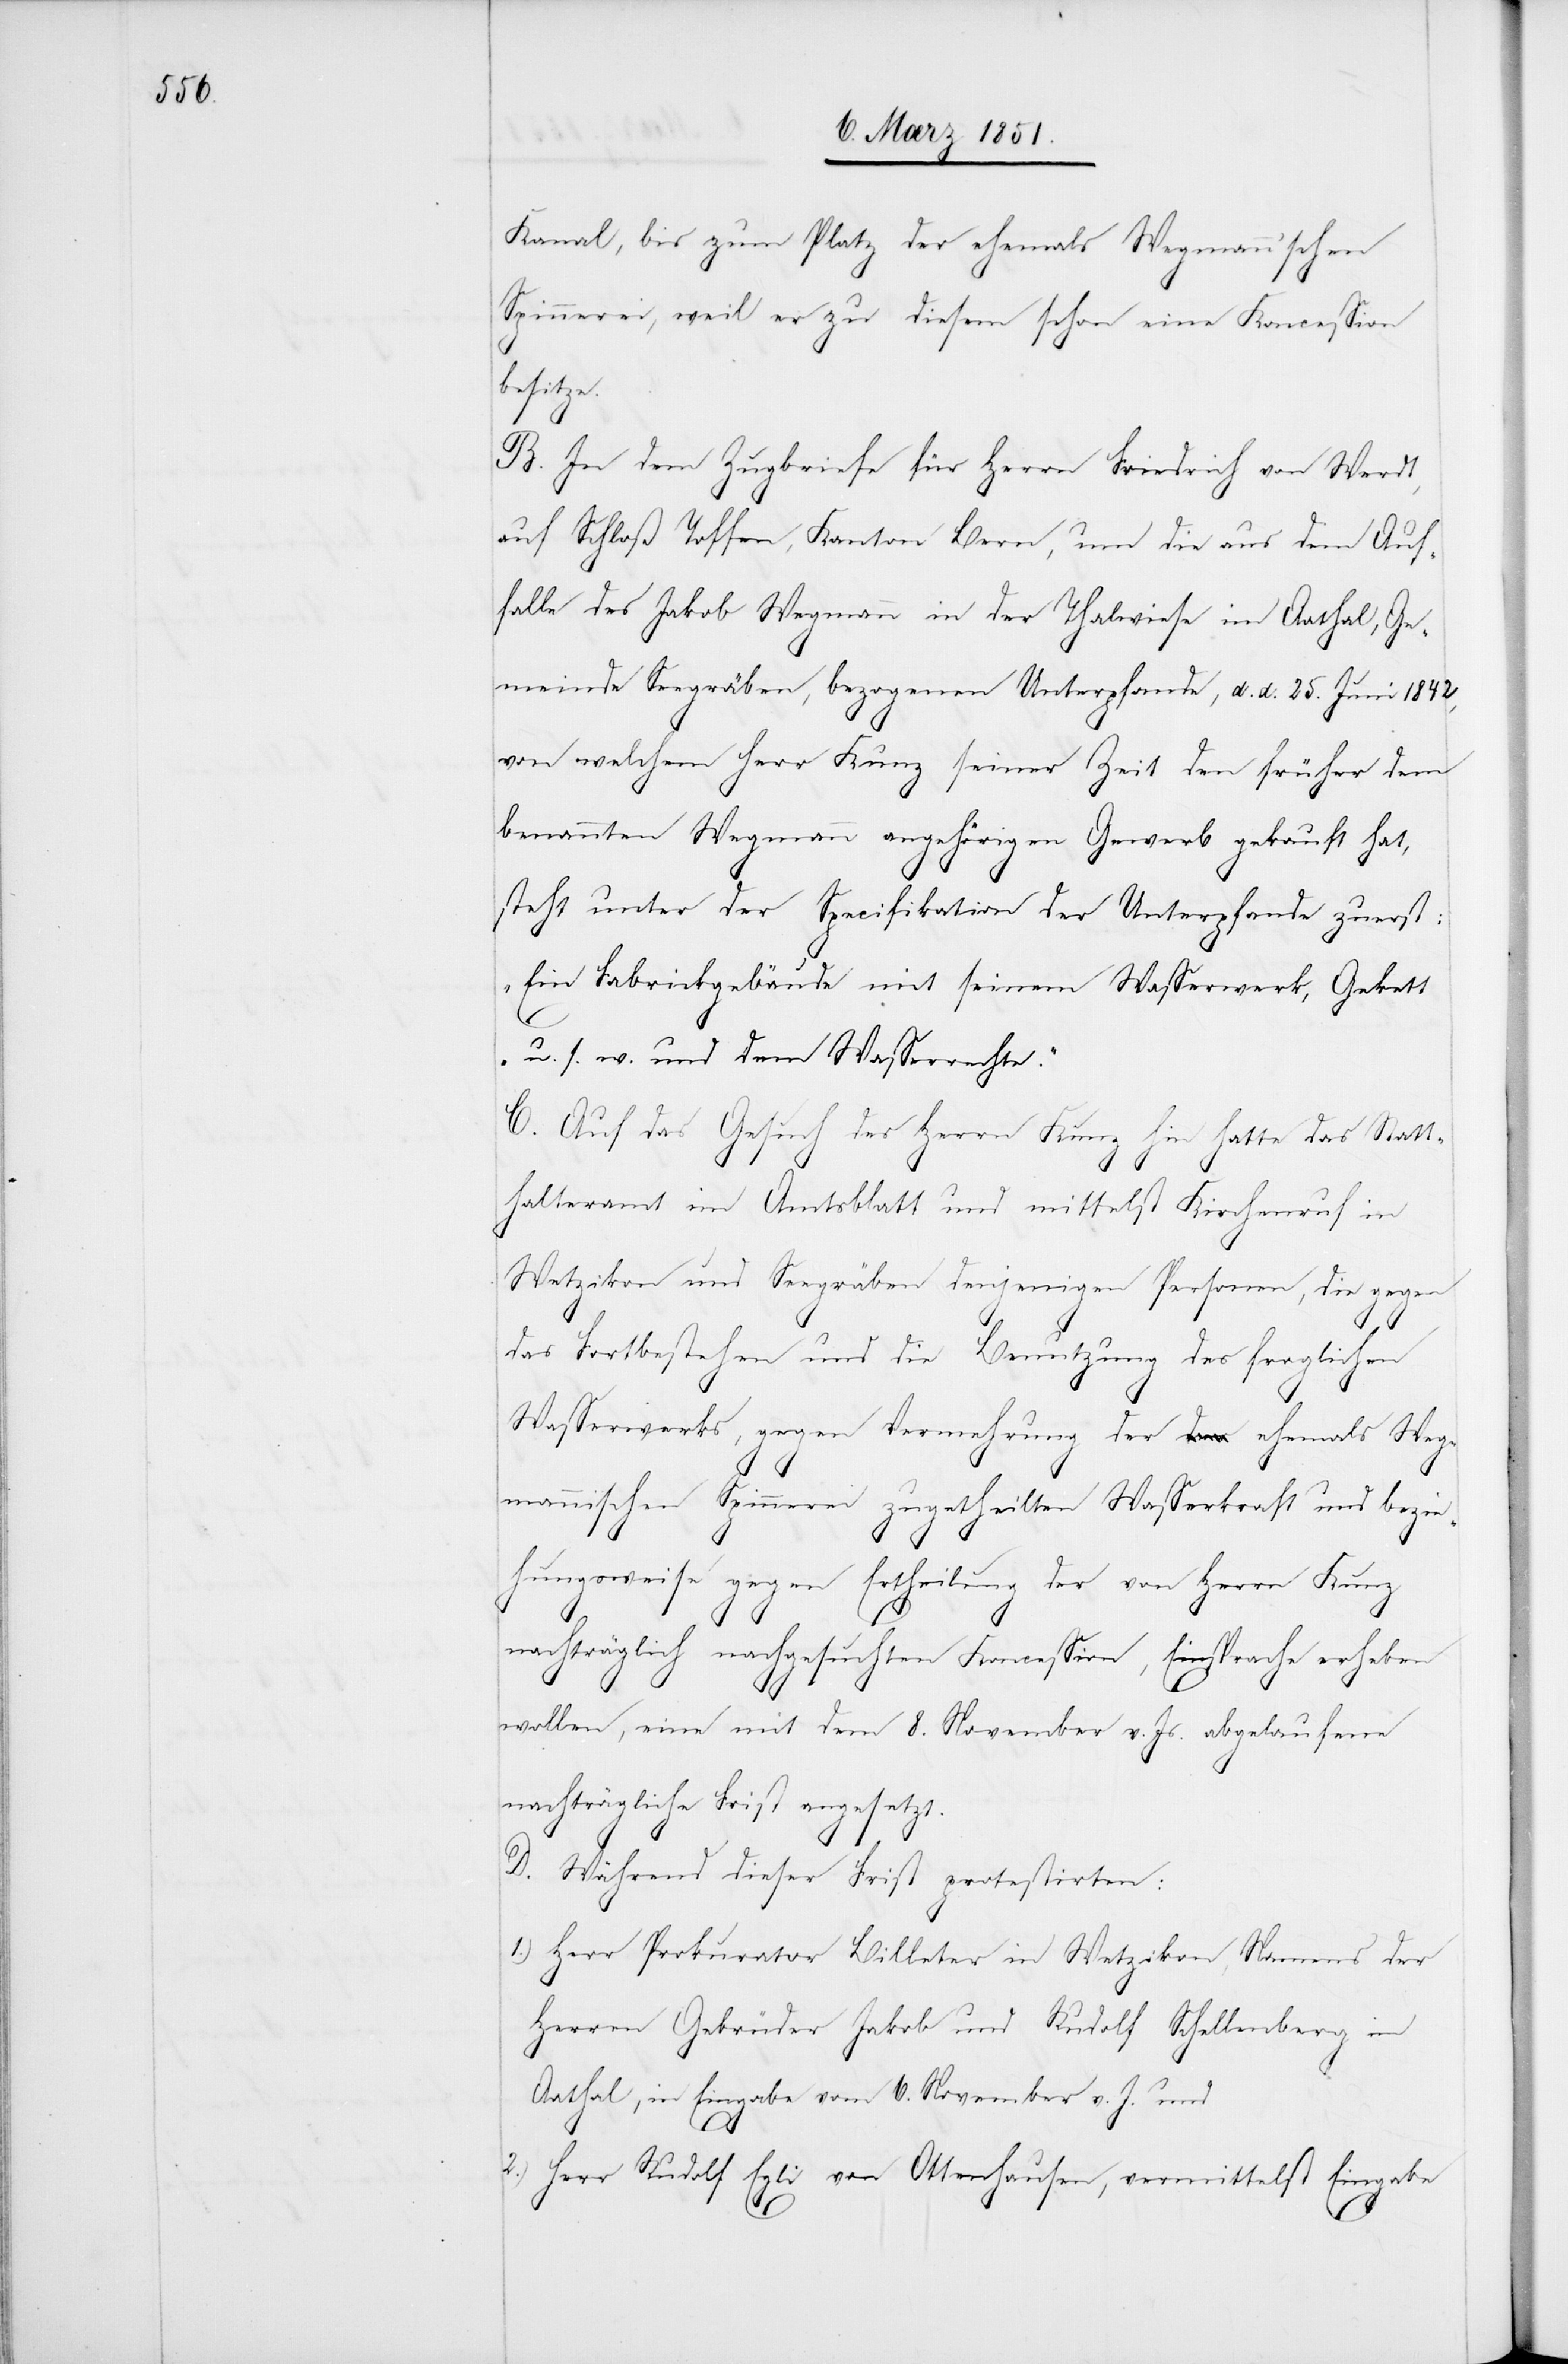
Kanal, bis zum Platz der ehemals Wegmann’schen
Spinnerei, weil er zu diesem schon eine Koncession
besitze.
B. In dem Zugbriefe für Herrn Friedrich von Werdt,
auf Schloß Toffen, Kanton Bern, um die aus dem Auf¬
falle des Jakob Wegmann in der Thalwiese im Aathal, Ge¬
meinde Seegräben, bezogenen Unterpfande, d. d. 25. Juni 1842,
von welchem Herr Kunz seiner Zeit den früher dem
benannten Wegmann angehörigen Gewerb gekauft hat,
steht unter der Specifikation der Unterpfande zuerst:
„Ein Fabrickgebäude mit seinem Wasserwerk, Gekett
u. s. w. und dem Wasserrechte.“
C. Auf das Gesuch des Herrn Kunz hin hatte das Statt¬
halteramt im Amtsblatt und mittelst Kirchenruf in
Wetzikon und Seegräben denjenigen Personen, die gegen
das Fortbestehen und die Benutzung des fraglichen
Wasserwerks, gegen Vermehrung der ehemals Weg¬
mannischen Spinnerei zugetheilten Wasserkraft und bezie¬
1.)
hungsweise gegen Ertheilung der von Herrn Kunz
nachträglich nachgesuchten Koncession, Einsprache erheben
wollen, eine mit dem 8. November v. Js. abgelaufene
nachträgliche Frist angesetzt.
D. Während dieser Frist protestirten:
Herr Prokurator Billeter in Wetzikon, Namens der
Herren Gebrüder Jakob und Rudolf Schellenberg im
Aathal, in Eingabe vom 6. November v. J. und
2.)
Herr Rudolf Egli von Ottenhausen, vermittelst Eingabe